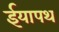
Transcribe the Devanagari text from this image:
ईयापथ